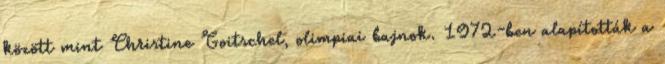
között mint Christine Goitschel, olimpiai bajnok. 1972-ben alapították a